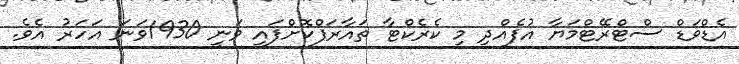
އެޑްވަޑް ސްޓްރޭޓްމަޔާ އުފެއްދި މި ކެރެކްޓާ ތައާރަފްކޮށްފައި ވަނީ 1930ވަނަ އަހަރު އެވެ.